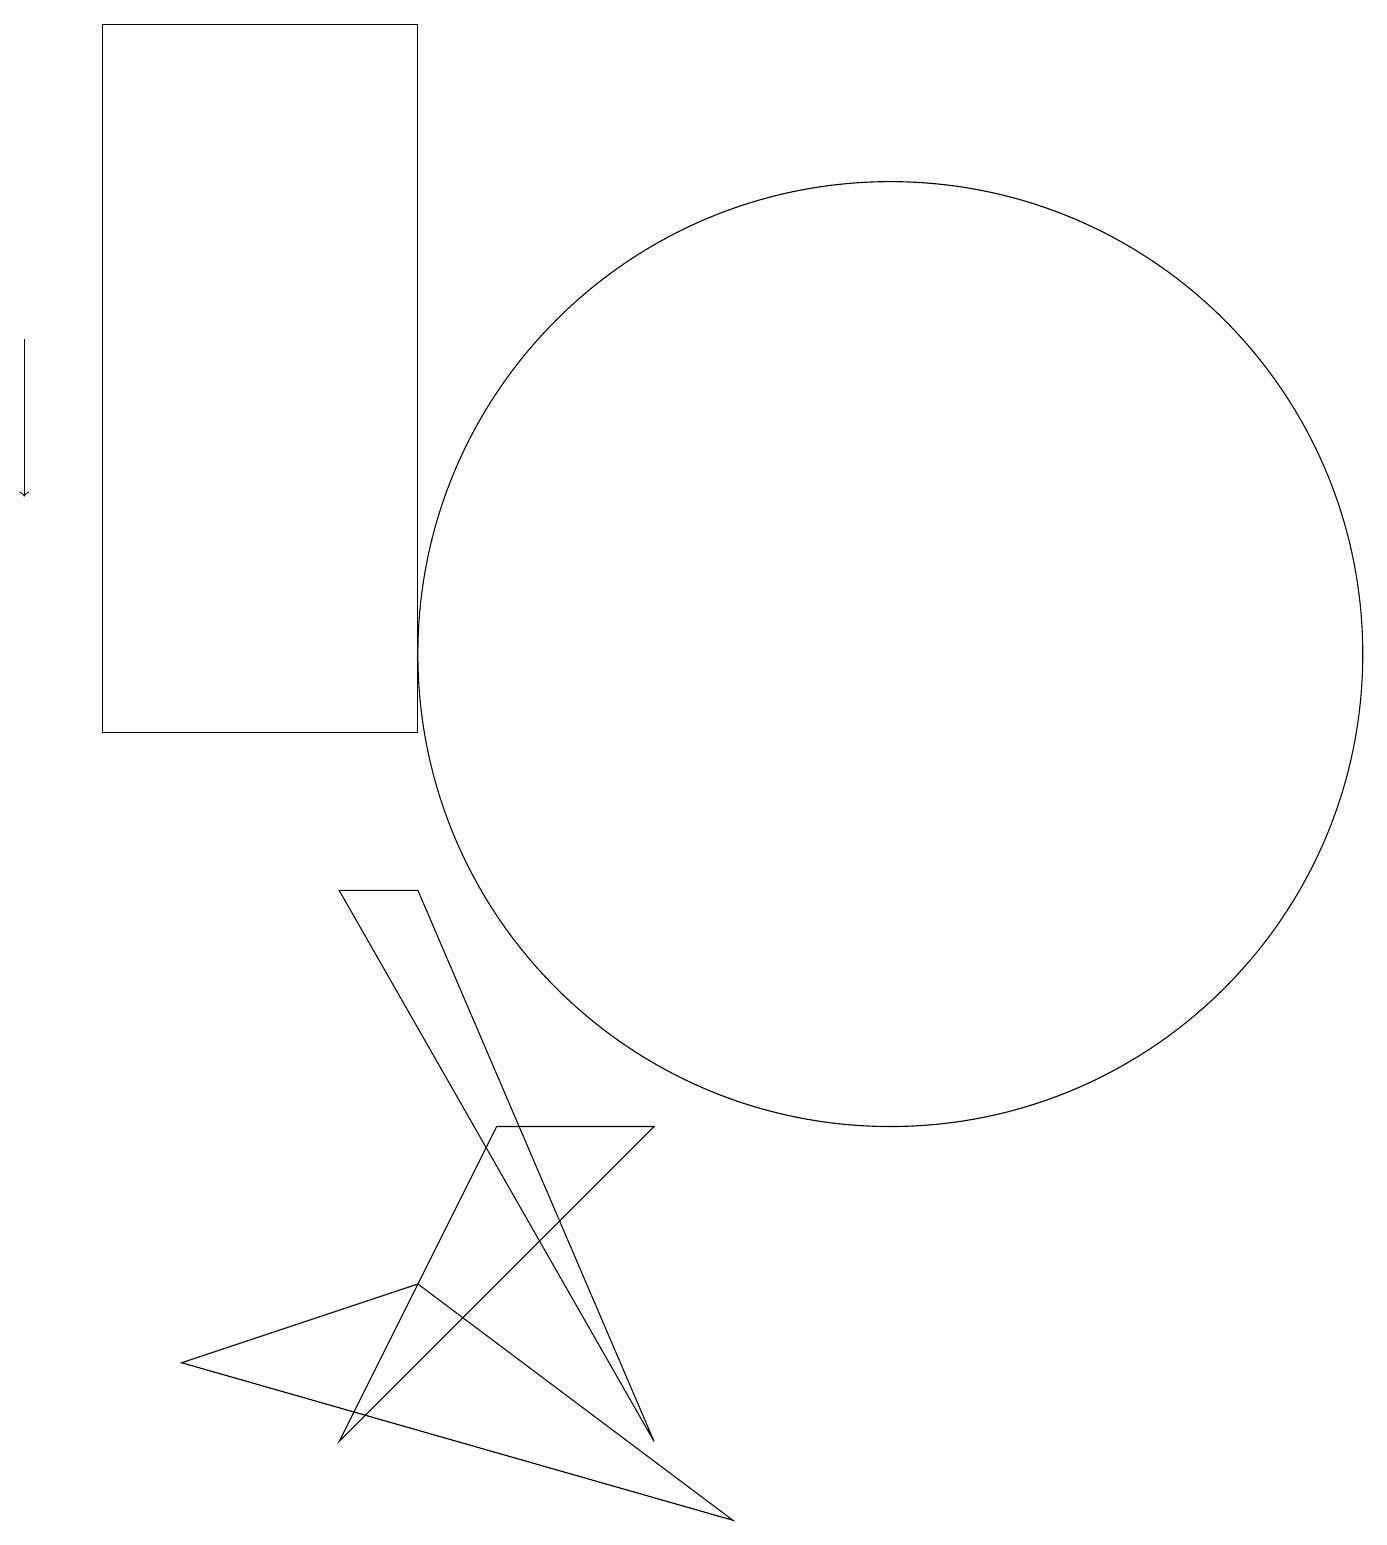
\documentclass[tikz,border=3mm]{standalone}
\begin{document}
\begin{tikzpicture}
\draw (9,0) -- (2,2) -- (5,3) -- cycle;
\draw[->] (0,15) -- (0,13);
\draw (11,11) circle (6);
\draw (8,5) -- (4,1) -- (6,5) -- cycle;
\draw (1,19) rectangle (5,10);
\draw (4,8) -- (5,8) -- (8,1) -- cycle;
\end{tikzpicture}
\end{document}